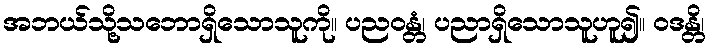
အဘယ်သို့သဘောရှိသောသူကို။ ပညဝန္တံ၊ ပညာရှိသောသူဟူ၍။ ဝဒန္တိ၊